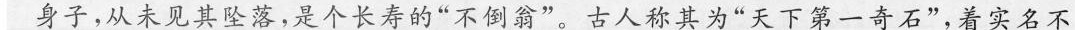
身子，从未见其坠落，是个长寿的”不倒翁”。古人称其为”天下第一奇石”，着实名不